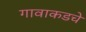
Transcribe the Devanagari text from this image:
गावाकडचे